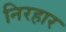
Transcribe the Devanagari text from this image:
निरहार